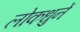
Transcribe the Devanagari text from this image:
लोकधुनें